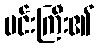
မင်းကြီး၏